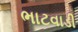
ભાટવાડી